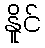
နိူင်